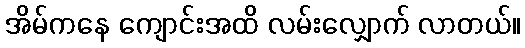
အိမ်ကနေ ကျောင်းအထိ လမ်းလျှောက် လာတယ်။